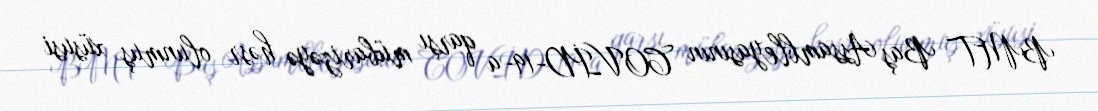
BMT Baş Assambleyasının COVİD-19-a qarşı mübarizəyə həsr olunmuş xüsusi